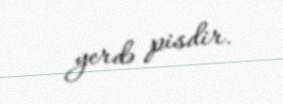
yerdə pisdir.